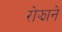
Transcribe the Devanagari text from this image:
रोझाने